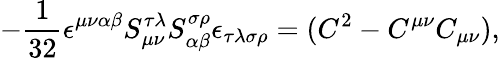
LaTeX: -\frac 1{32}\epsilon^{\mu\nu\alpha\beta}{}S_{\mu\nu}^{\tau\lambda}{}S_{\alpha\beta}^{\sigma\rho}{}\epsilon_{\tau\lambda\sigma\rho}=(C^{2}-C^{\mu\nu}C_{\mu\nu}),